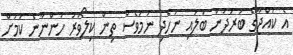
އެ ކުއްޖާގެ ބަރުދަން ބަލައި ނުހެދި ނަމަވެސް ތިން ކިލޯވަރު ހުންނާނެ ކަމަށް